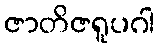
ဇာတိဇရူပဂါ